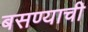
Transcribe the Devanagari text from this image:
बसण्‍याची